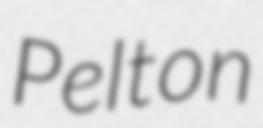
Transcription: Pelton